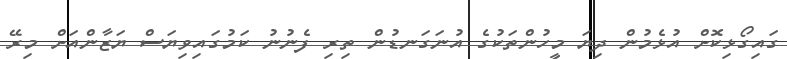
ގައިގޯޅިކޮށް އުޅެމުން ދިޔަ މީހުންތަކުގެ އުނަގަނޑުން ތިރި ފެނުނު ކަމުގައިވިޔަސް ޔަޒާންއަށް މިރޭ